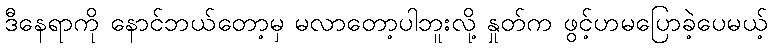
ဒီနေရာကို နောင်ဘယ်တော့မှ မလာတော့ပါဘူးလို့ နှုတ်က ဖွင့်ဟမပြောခဲ့ပေမယ့်